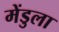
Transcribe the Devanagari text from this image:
मेंडुला